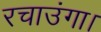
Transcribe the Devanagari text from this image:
रचाउंगा।